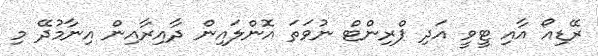
ރޭޑިއޯ އާއި ޓީވީ އަދި ޕްރިންޓް ނުވަތަ އޮންލައިން ދާއިރާއިން އިނާމުދޭ މި